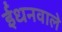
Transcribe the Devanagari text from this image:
ईंधनवाले